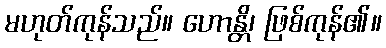
မဟုတ်ကုန်သည်။ ဟောန္တိ၊ ဖြစ်ကုန်၏။